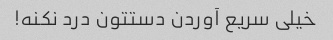
خیلی سریع آوردن دستتون درد نکنه!